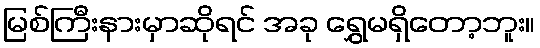
မြစ်ကြီးနားမှာဆိုရင် အခု ရွှေမရှိတော့ဘူး။